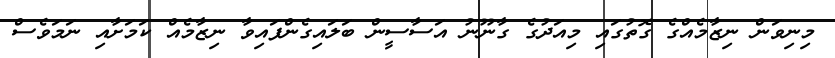
މިނިވަން ނިޒާމެއްގެ ގޮތުގައި މިއަދުގެ ގާނޫނު އަސާސީން ބަލައިގެންފައިވާ ނިޒާމެއް ކަމަށާއި ނަމަވެސް